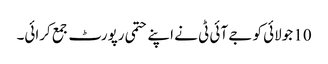
10 جولائی کو جے آئی ٹی نے اپنے حتمی رپورٹ جمع کرائی۔